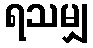
ရသမျှ